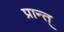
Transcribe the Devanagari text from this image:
प्रान्त्